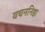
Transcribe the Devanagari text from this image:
वचननिष्ठा